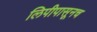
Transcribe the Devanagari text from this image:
लिपीपासूनच